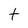
Character: t